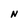
Character: N